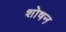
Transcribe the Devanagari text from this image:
शोषन